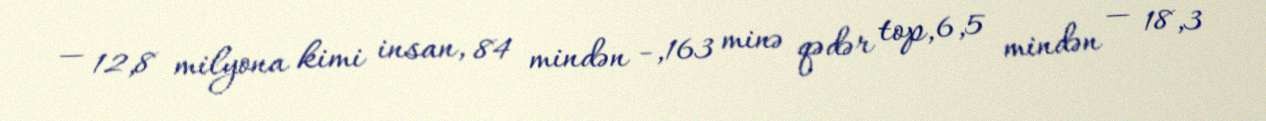
— 12,8 milyona kimi insan, 84 mindən -,163 minə qədər top, 6,5 mindən — 18,3